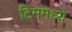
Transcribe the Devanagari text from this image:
टिममध्ये